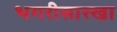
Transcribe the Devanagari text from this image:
भगरीसारखा